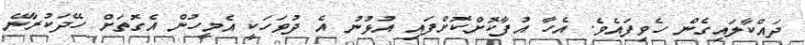
ދައްކާލައިގެން ހެވިފައެވެ. އެހާ އުފާކޮށްކޮށްފައި އުޅުނު އެ ދުވަހަކީ އެމީހުން އެގޮތަށް ހޭދަކުރާނޭ